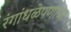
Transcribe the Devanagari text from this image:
रंगांधळेपणाचा